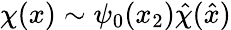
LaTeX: \chi(x)\sim\psi_{0}(x_{2}){\hat{\chi}}({\hat{x}})